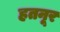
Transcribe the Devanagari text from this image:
हतनूर